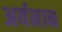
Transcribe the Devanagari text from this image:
अर्यमान